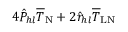
4 \hat { P } _ { h l } \overline { { T } } _ { \mathrm { N } } + 2 \hat { r } _ { h l } \overline { { T } } _ { \mathrm { L N } }